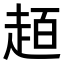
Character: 𧻙